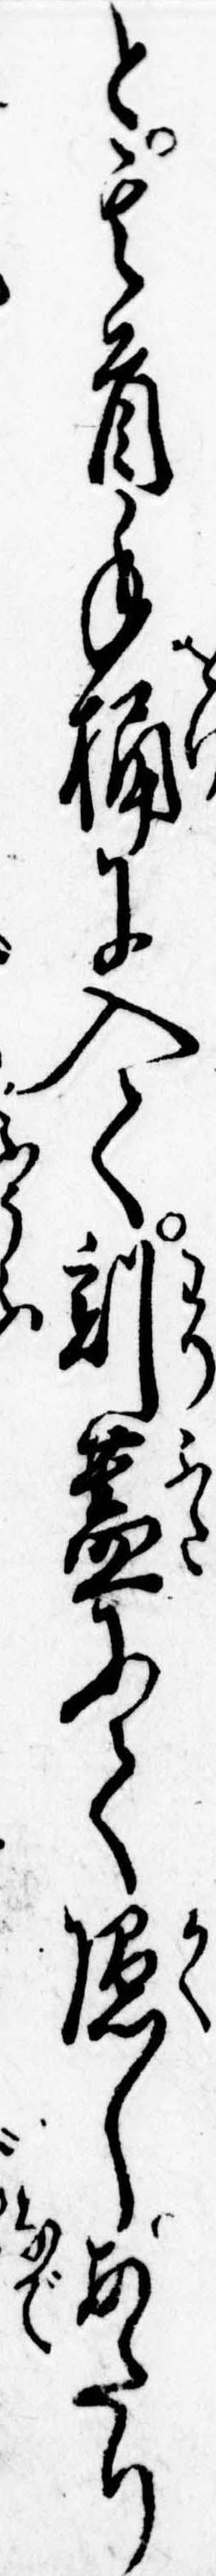
と其首手桶に入て割蓋にて隠しあたり